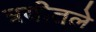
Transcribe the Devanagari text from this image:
त्रयीतले